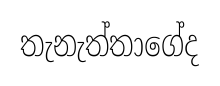
තැනැත්තාගේද